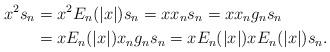
LaTeX: \begin{align*}x^2s_n&=x^2E_{n}(|x|)s_n=xx_ns_n=xx_ng_ns_n\\&=xE_{n}(|x|)x_ng_ns_n=xE_{n}(|x|)xE_{n}(|x|)s_n. \end{align*}